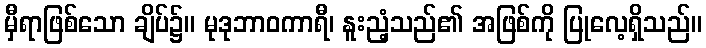
မှီရာဖြစ်သော ချိပ်၌။ မုဒုဘာဝကာရီ၊ နူးညံ့သည်၏ အဖြစ်ကို ပြုလေ့ရှိသည်။